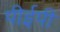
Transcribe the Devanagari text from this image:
पीईपी